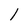
Character: l